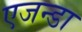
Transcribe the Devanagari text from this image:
एजन्डा